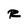
Character: R